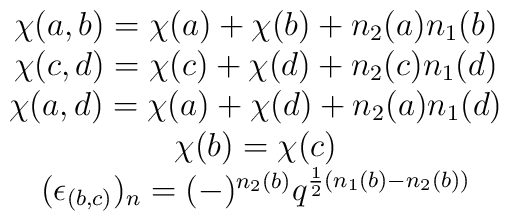
\begin{array}{c}\chi (a,b)=\chi (a)+\chi (b)+n_{2}(a)n_{1}(b)\\\chi (c,d)=\chi (c)+\chi (d)+n_{2}(c)n_{1}(d)\\\chi (a,d)=\chi (a)+\chi (d)+n_{2}(a)n_{1}(d)\\\chi(b)=\chi(c)\\(\epsilon_{(b,c)})_{n}=(-)^{n_{2}(b)} q^{\frac{1}{2}(n_{1}(b)-n_{2}(b))}\end{array}